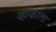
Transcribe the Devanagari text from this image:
व्हाकाला